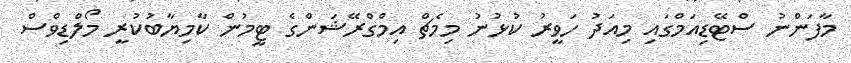
މާފަންނު ސްޓޭޑިއަމްގައި މިއަދު ހަވީރު ކުޅުނު މިމެޗް އިމްގްރޭޝަންގެ ޓީމުން ކާމިޔާބުކުރީ މޯލްޑިވްސް